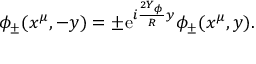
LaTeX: \phi _ { \pm } ( x ^ { \mu } , - y ) = \pm \mathrm { e } ^ { i \frac { 2 Y _ { \phi } } { R } y } \phi _ { \pm } ( x ^ { \mu } , y ) .